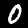
Digit: 0